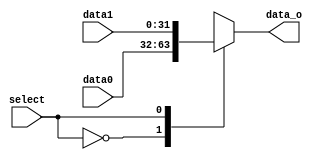
module MUX32b(
	input [31:0]data0,
	input [31:0]data1,
	input select,
	output reg [31:0]data_o);

initial data_o=0;

always @(data0,data1,select)begin
case(select)
	1'b0:data_o=data0;
	1'b1:data_o=data1;
endcase
end

endmodule